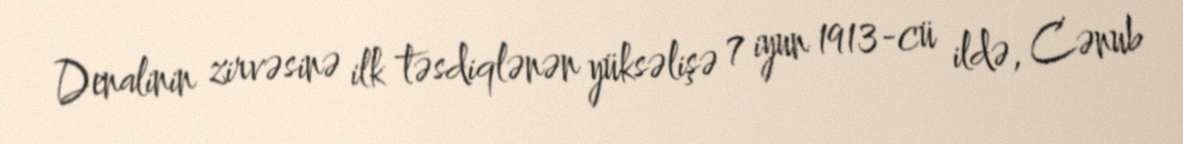
Denalinin zirvəsinə ilk təsdiqlənən yüksəlişə 7 iyun 1913-cü ildə, Cənub